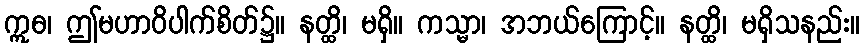
ဣဓ၊ ဤမဟာဝိပါက်စိတ်၌။ နတ္ထိ၊ မရှိ။ ကသ္မာ၊ အဘယ်ကြောင့်။ နတ္ထိ၊ မရှိသနည်း။